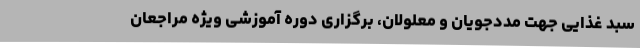
سبد غذایی جهت مددجویان و معلولان، برگزاری دوره آموزشی ویژه مراجعان